Leningradi_Edasi_toimetus, lk 202
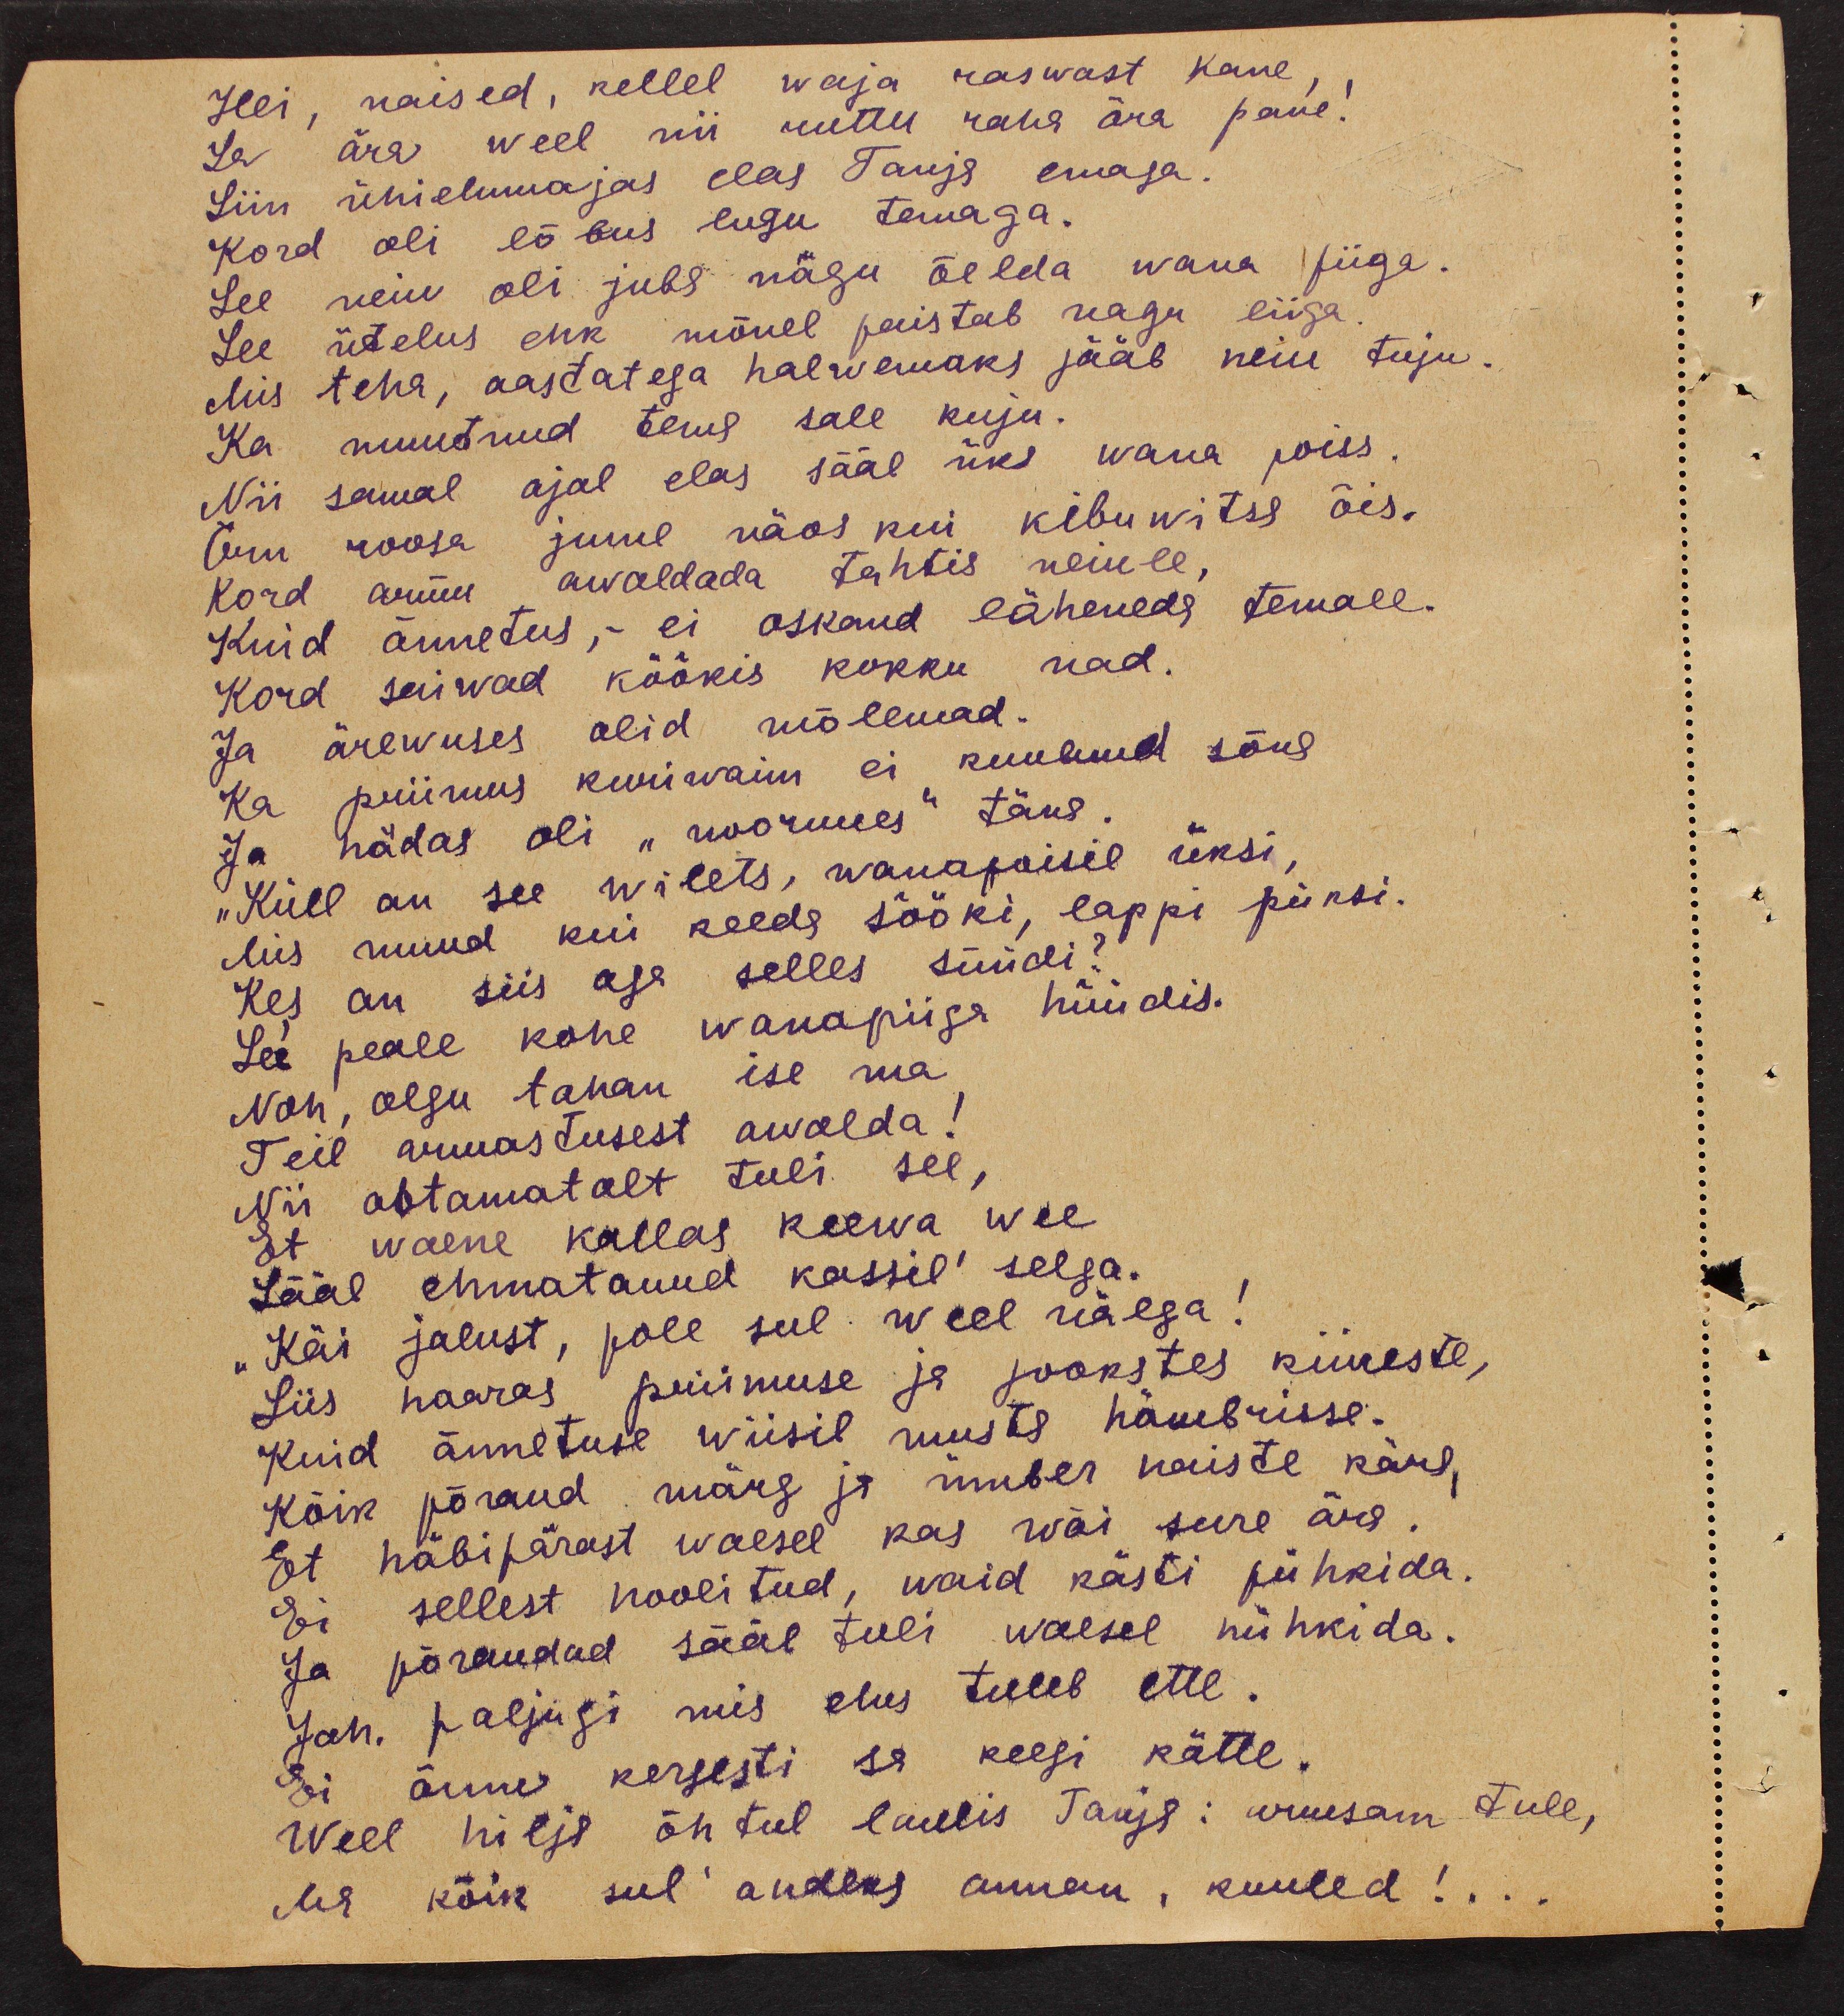
Hei, naised, kellel waja raswast kane,
Sa ära weel nii ruttu raha ära pane!
Siin ühielumajas elas Tanja emaga.
Kord oli lõbus lugu temaga.
See neiu oli juba nagu öelda wana piiga.
Mis teha, aastatega halwemaks jääb neiu tuju.
See ütelus ehk mõnel paistab nagu liiga.
Ka muutnud tema sale kuju.
Nii samal ajal elas sääl üks wana poiss
Õnn roosa jume näos kui kibuwitsa õis.
Kord ammu awaldada tahtis neiule,
Kuid õnnetus, - ei oskand läheneda temale.
Kord saiwad köökis kokku nad.
Ja ärewuses olid mõlemad.
Ka priimus kurivaim ei kuulnud sõna
Ja hädas oli "noormees" täna
"Küll on see wilets", wanapoisil üksi,
Mis muud kui keeda sööki, lappi püksi.
Kes on siis aga selles süüdi?
See peale kohe wanapiiga hüüdis.
Noh, olgu tahan ise ma
Teil armastusest awalda:
Nii ootamatalt tuli see,
Et waene kallas keewa wee
Sääl ehmatanud kassil selga.
"Käi jalust, pole sul weel nälga.
Siis haaras priimuse ja jookstes kiireste,
Kuid õnnetuse wiisil musta hämbrisse.
Kõik põrand märg ja ümber naiste kära,
Et häbipärast waesel kas wõi suure ära.
Ei sellest hoolitud, waid kästi pühkida.
Ja põrandad sääl tuli waesel nühkida.
Jah. paljugi mis elus tuleb ette.
Ei õnne kergesti sa keegi kätte.
Weel hilja õhtul laulis Tanja: armsam tule,
Ma kõik sul andeks annan, kuuled!...